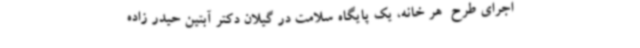
اجرای طرح  هر خانه، یک پایگاه سلامت در گیلان دکتر آبتین حیدر زاده